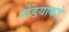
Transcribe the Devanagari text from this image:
शेंडयाकडे